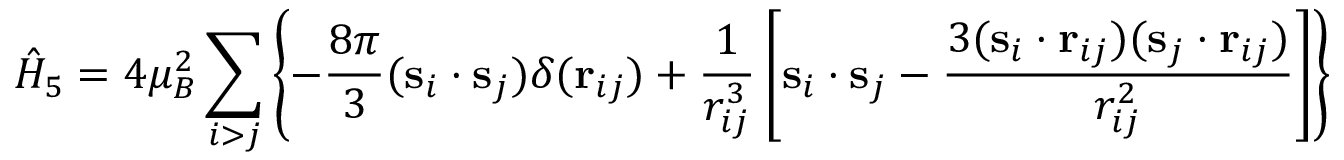
{ \hat { H } } _ { 5 } = 4 \mu _ { B } ^ { 2 } \sum _ { i > j } \left\lbrace - { \frac { 8 \pi } { 3 } } ( \mathbf { s } _ { i } \cdot \mathbf { s } _ { j } ) \delta ( \mathbf { r } _ { i j } ) + { \frac { 1 } { r _ { i j } ^ { 3 } } } \left[ \mathbf { s } _ { i } \cdot \mathbf { s } _ { j } - { \frac { 3 ( \mathbf { s } _ { i } \cdot \mathbf { r } _ { i j } ) ( \mathbf { s } _ { j } \cdot \mathbf { r } _ { i j } ) } { r _ { i j } ^ { 2 } } } \right] \right\rbrace